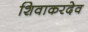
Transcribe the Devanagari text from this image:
शिवाकरदेव